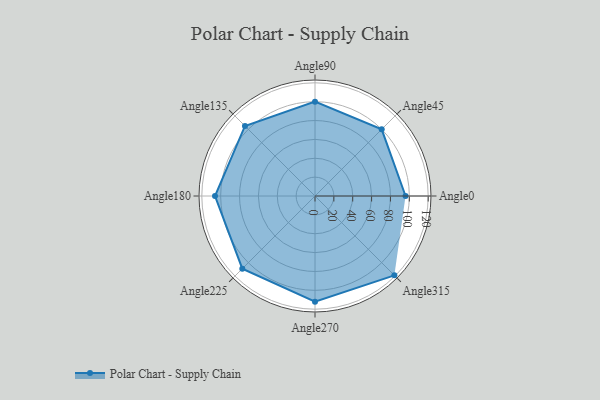
{"axis": {"x": "Angle", "y": "Radius"}, "legend": [""], "data": [{"x": "Angle0", "y": 96.0, "type": ""}, {"x": "Angle45", "y": 100.0, "type": ""}, {"x": "Angle90", "y": 100.0, "type": ""}, {"x": "Angle135", "y": 105.0, "type": ""}, {"x": "Angle180", "y": 106.0, "type": ""}, {"x": "Angle225", "y": 109.0, "type": ""}, {"x": "Angle270", "y": 112.0, "type": ""}, {"x": "Angle315", "y": 119.0, "type": ""}]}